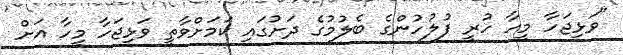
"ވަޅިޖަހާ މީހާ ހުރީ ފުލުހުންގެ ބެލުމުގެ ދަށުގައި ކަމަށްވާތީ ވަޅިޖަހާ މީހާ އަށް